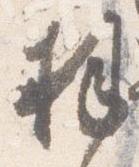
拝